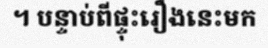
។ បន្ទាប់ពីផ្ទុះរឿងនេះមក